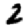
Digit: 2